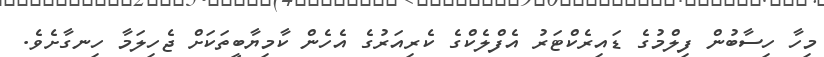
މިހާ ހިސާބުން ފިލްމުގެ ޑައިރެކްޓަރު އެފްލެކްގެ ކެރިއަރުގެ އެހެން ކާމިޔާބީތަކަށް ޖެހިލަމާ ހިނގާށެވެ.